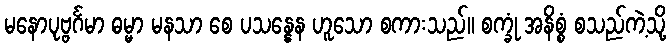
မနောပုဗ္ဗင်္ဂမာ ဓမ္မာ မနသာ စေ ပသန္နေန ဟူသော စကားသည်။ စက္ခုံ အနိစ္စံ စသည်ကဲ့သို့